Annual report of the Imperial Bacteriological Laboratory, Muktesar
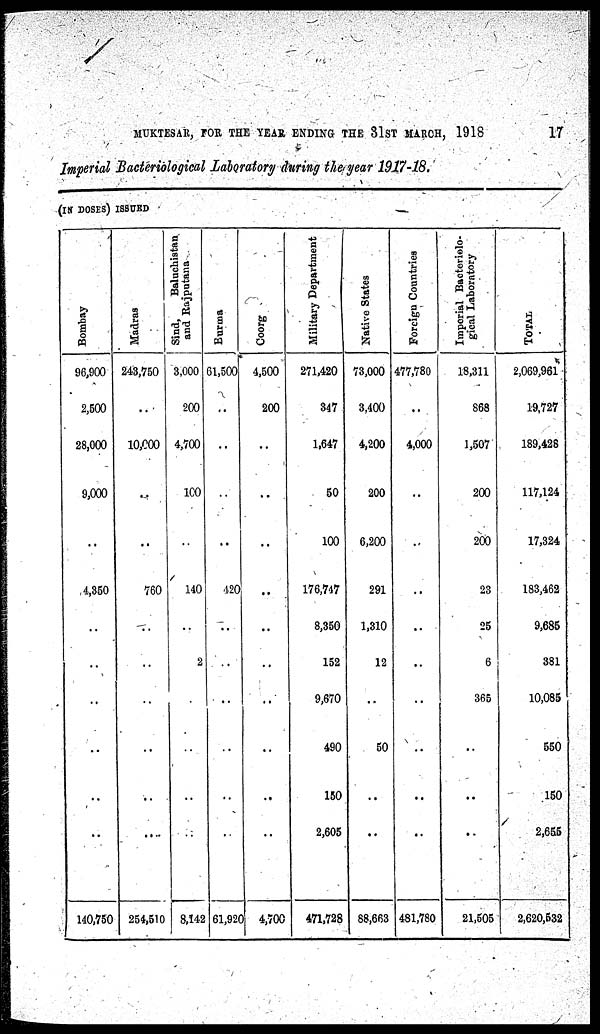
MUKTESAR, FOR THE YEAR ENDING THE 31ST MARCH, 1918
17
Imperial Bacteriological Laboratory during the year 1917-18.
(IN DOSES) ISSUED
Bombay
96,900
2,500
28,000
9,000
..
4,350
..
..
..
..
..
..
140,750
Madras
243,750
..
10,000
..
...
760
...
...
...
...
..
..
254,510
Sind,
Baluchistan
and Rajputana
3,000
200
4,700
100
..
140
..
2
..
8,142
Burma
61,500
...
..
..
..
420
..
..
..
..
..
...
61,920
Coorg
4,500
200
..
..
..
..
..
..
..
..
..
..
4,700
Military Department
271,420
347
1,647
50
100
176,747
8,350
152
9,670
490
150
2,605
471,728
Native States
73,000
3,400
4,200
200
6,200
291
1,310
12
..
50
..
..
88,663
Foreign Countries
477,780
..
4,000
..
..
..
..
..
..
..
..
481,780
Imperial Bacteriolo-
gical Laboratory
18,311
868
1,507
200
200
23
25
6
365
..
..
..
21,505
TOTAL.
2,069,961
19,727
189,428
117,124
17,324
183,462
9,685
381
10,085
550
150
2,655
2,620,532